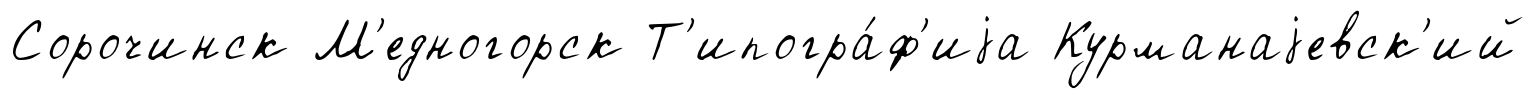
Сорочинск М'едногорск Т'ипогра́ф'иjа Курманаjевск'ий